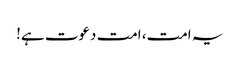
یہ امت، امت دعوت ہے!